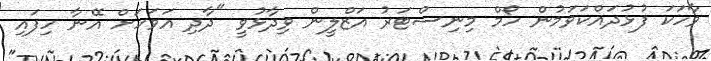
ވާހަކަ ފުޅުދައްކަވަމުން ހޯމް މިނިސްޓަރު އަޒްލީން ވިދާޅުވީ "ދާދި އަވަހަށް އޭނާ ހިފައި